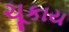
ચૂકાય